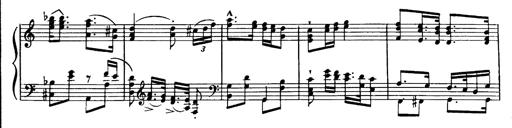
Title: Magyar dalok
Composer: Franz Liszt